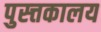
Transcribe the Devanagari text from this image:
पुस्त्तकालय